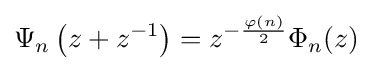
\Psi _{n}\left(z+z^{-1}\right)=z^{-{\frac {\varphi (n)}{2}}}\Phi _{n}(z)